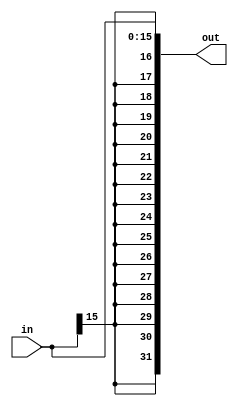
`timescale 1ns / 1ps
//////////////////////////////////////////////////////////////////////////////////
// Company:
// Engineer:
//
// Design Name:
// Module Name: SIGNEX
// Project Name:
// Target Devices:
// Tool Versions:
// Description:
//
// Dependencies:
//
// Revision:
// Revision 0.01 - File Created
// Additional Comments:
//
//////////////////////////////////////////////////////////////////////////////////


module SIGNEX(
    in,out
    );
    input [15:0] in;
    output [31:0] out;

    assign out={in[15],in[15],in[15],in[15],in[15],
                in[15],in[15],in[15],in[15],in[15],
                in[15],in[15],in[15],in[15],in[15],in[15],
                in[15:0]
    };

endmodule